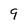
Character: 9